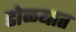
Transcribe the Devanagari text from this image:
डोळयात